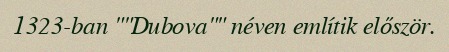
1323-ban ""Dubova"" néven említik először.